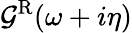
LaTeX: \mathcal{G}^{\mathrm{{R}}}(\omega+i\eta)